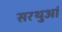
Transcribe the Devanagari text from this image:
सरथुआं